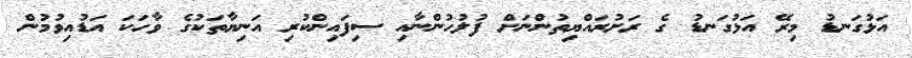
އަޅުގަނޑު މިރޭ އަޅުގަނޑު ގެ ރަށުރައްޔިތުންނަށް ފުލުހުންނާއި ސިފައިންކުރި އަނިޔާތަކުގެ ވާހަކަަ އަޑުއިވުމުން